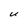
Character: U